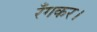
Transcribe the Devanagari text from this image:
रँगकर।